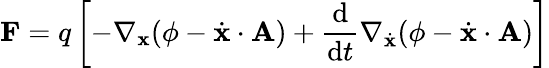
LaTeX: \mathbf{F}=q\left[-\nabla_{\mathbf{x}}(\phi-{\dot{\mathbf{x}}}\cdot\mathbf{A})+{\frac{\mathrm{d}}{\mathrm{d}t}}\nabla_{\dot{\mathbf{x}}}(\phi-{\dot{\mathbf{x}}}\cdot\mathbf{A})\right]